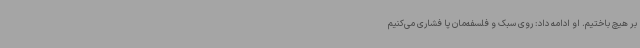
بر هیچ باختیم. او ادامه داد: روی سبک و فلسفه‌مان پا فشاری می‌کنیم